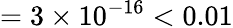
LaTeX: =3\times 10^{-16}<0.01